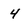
Character: 4